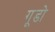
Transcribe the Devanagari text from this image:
गूडो